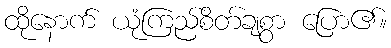
ထိုနောက် ယုံကြည်စိတ်ချစွာ ပြော၏။